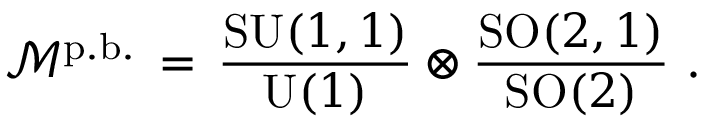
\mathcal { M } ^ { \mathrm { p . b . } } \, = \, \frac { \mathrm { S U } ( 1 , 1 ) } { \mathrm { U } ( 1 ) } \otimes \frac { \mathrm { S O } ( 2 , 1 ) } { \mathrm { S O } ( 2 ) } ~ .